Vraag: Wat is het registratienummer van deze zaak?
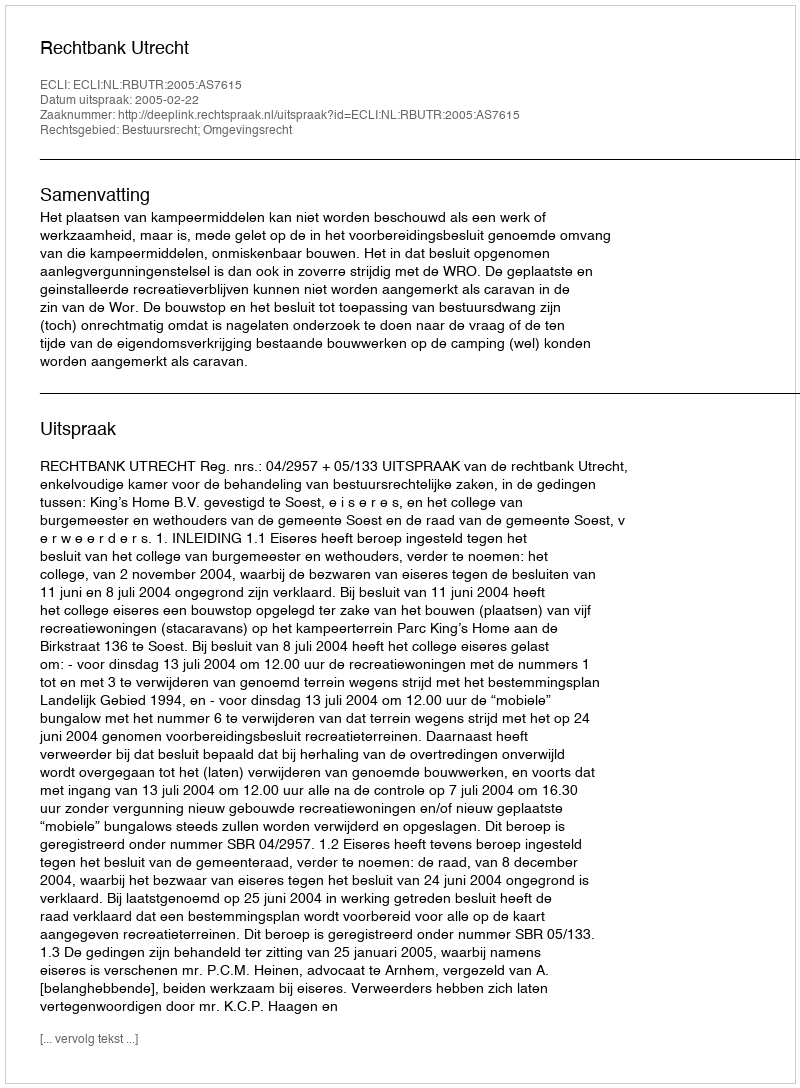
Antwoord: http://deeplink.rechtspraak.nl/uitspraak?id=ECLI:NL:RBUTR:2005:AS7615